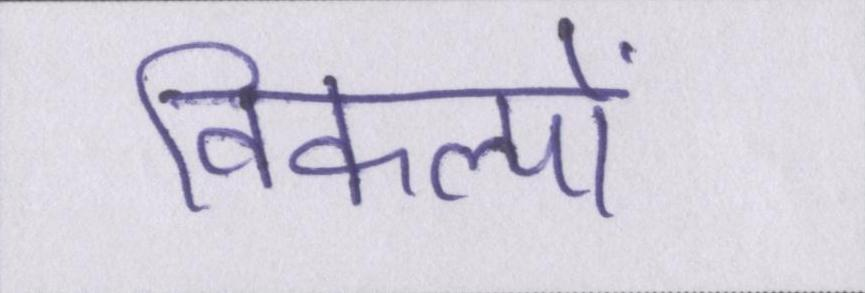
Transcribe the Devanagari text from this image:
विकल्पों